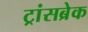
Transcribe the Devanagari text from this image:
ट्रांसब्रेक